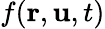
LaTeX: f(\mathbf{r},\mathbf{u},t)